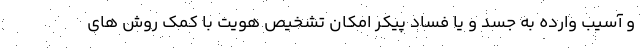
و آسيب وارده به جسد و یا فساد پیکر امکان تشخیص هویت با كمک روش های